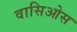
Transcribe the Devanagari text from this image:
वासिओस